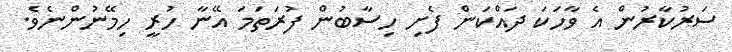
ސަރުކާރުން އެ ވާހަކަ ދައްކަން ފެށި ހިސާބުން ފުރަތަމަ އޭނާ ހުރީ ހިމޭނުންނެވެ.